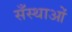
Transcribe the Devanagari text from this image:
सँस्थाओं